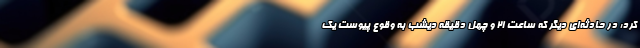
کرد: در حادثه‌ای دیگر که ساعت ۲۱ و چهل دقیقه دیشب به وقوع پیوست یک